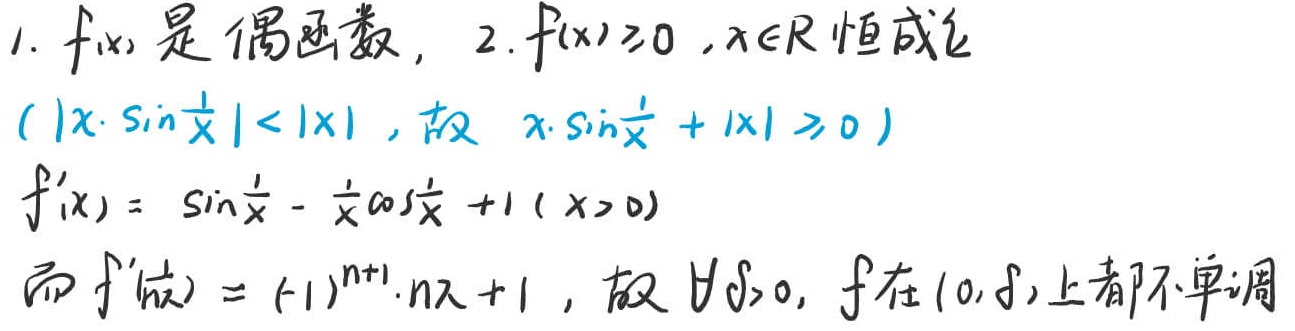
1. $f(x)$是偶函数，2. $f(x)\geq0,x\in R$恒成立
$(|x\cdot\sin\frac{1}{x}|<|x|$, 故 $x\cdot\sin\frac{1}{x}+|x|\geq0)$
$f'(x)=\sin\frac{1}{x}-\frac{1}{x}\cos\frac{1}{x}+1(x > 0)$
而 $f'(\frac{1}{n\pi})=(-1)^{n + 1}\cdot n\pi+1$, 故 $\forall\delta>0$, $f$在$(0,\delta)$上都不单调